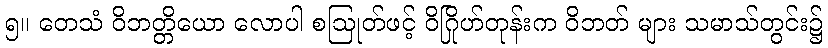
၅။ တေသံ ဝိဘတ္တိယော လောပါ စဩုတ်ဖင့် ဝိဂြိုဟ်တုန်းက ဝိဘတ် များ သမာသ်တွင်း၌